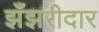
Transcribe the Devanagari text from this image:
झँझरीदार